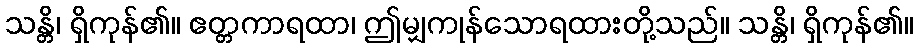
သန္တိ၊ ရှိကုန်၏။ ဧတ္တကာရထာ၊ ဤမျှကုန်သောရထားတို့သည်။ သန္တိ၊ ရှိကုန်၏။